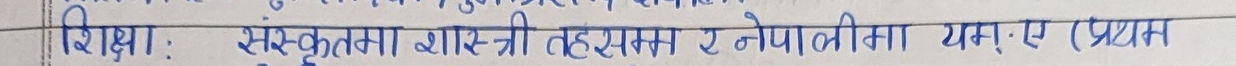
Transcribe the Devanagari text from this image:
शिक्षा : संस्कृतमा शास्त्री तहसम्म र नेपालीमा एम.ए. प्रथम